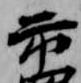
市